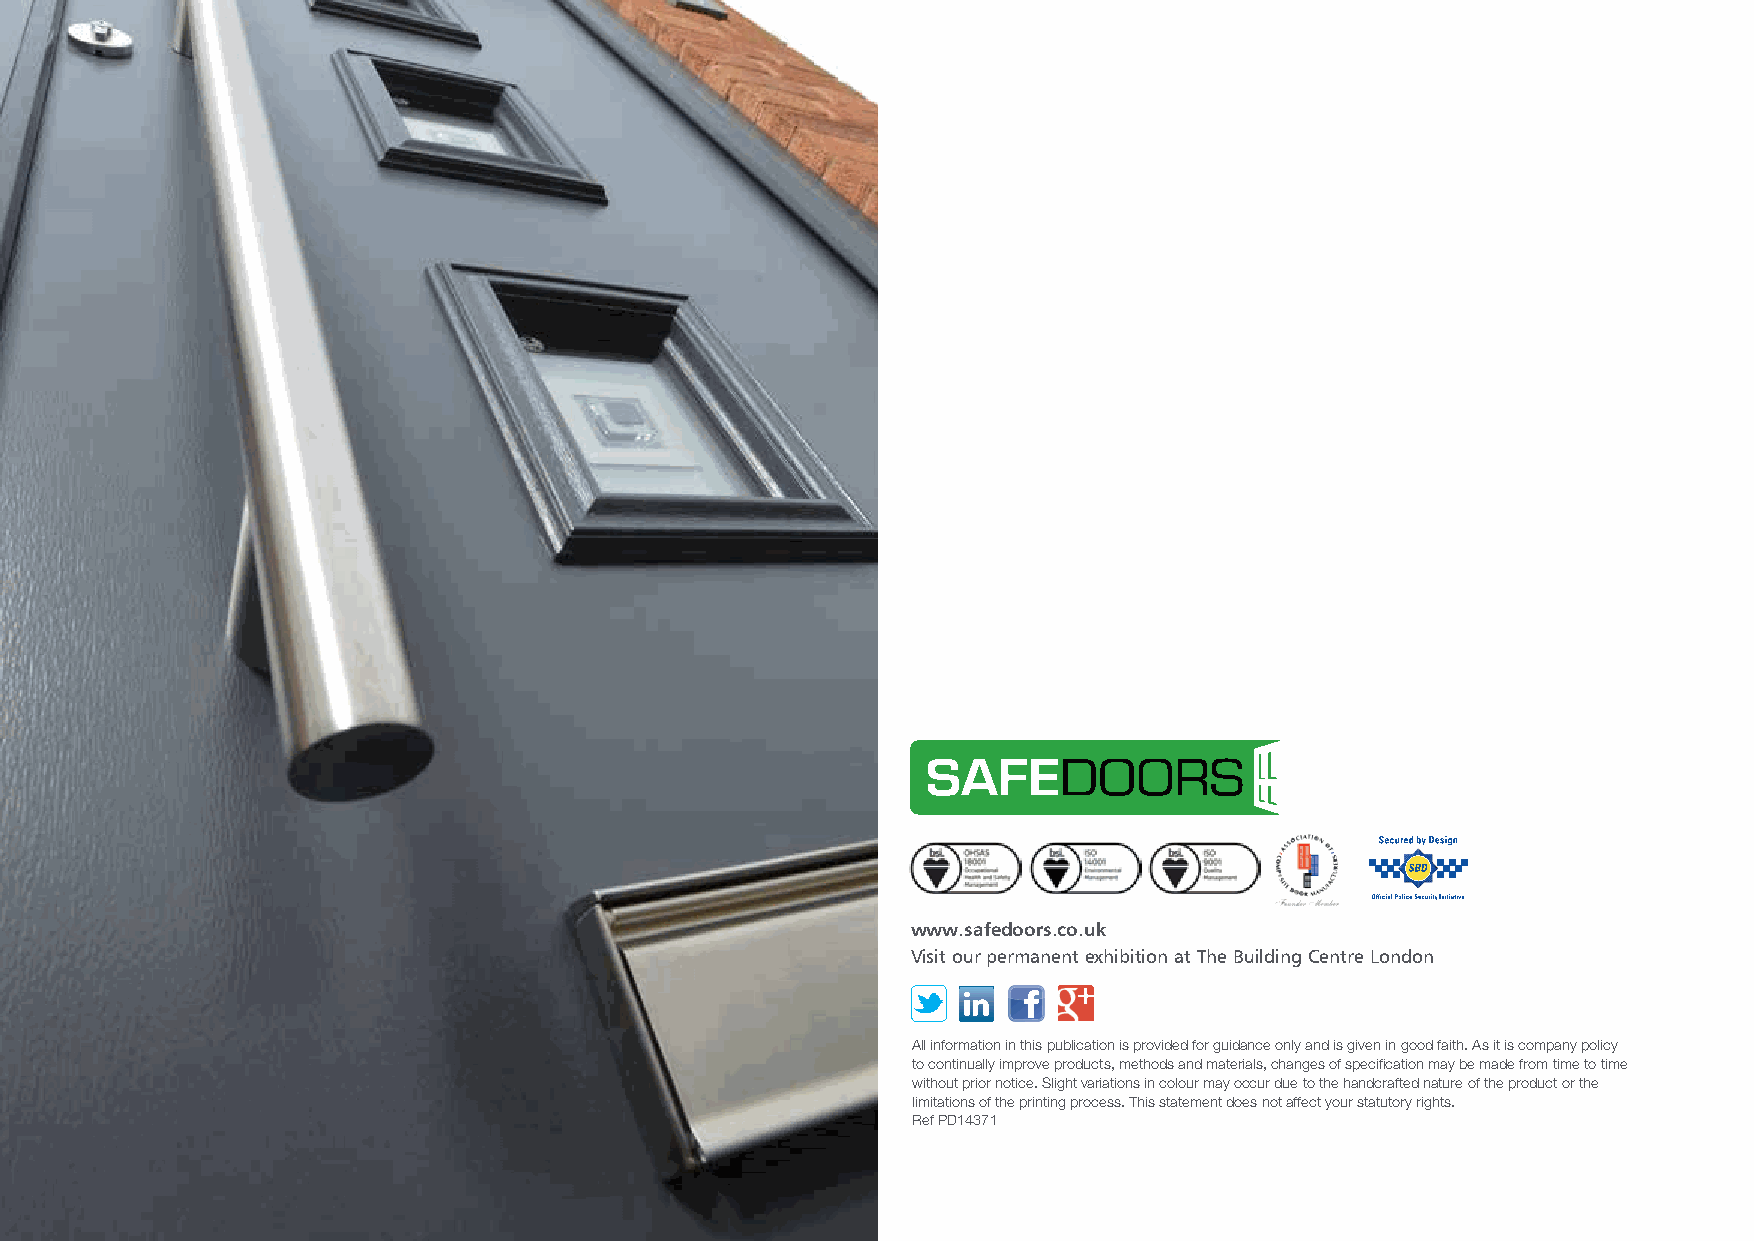
www.safedoors.co.uk
 Visit our permanent exhibition at The Building Centre London
 All information in this publication is provided for guidance only and is given in good faith. As it is company policy
 to continually improve products, methods and materials, changes of specification may be made from time to time
 without prior notice. Slight variations in colour may occur due to the handcrafted nature of the product or the
 limitations of the printing process. This statement does not affect your statutory rights.
 Ref PD14371